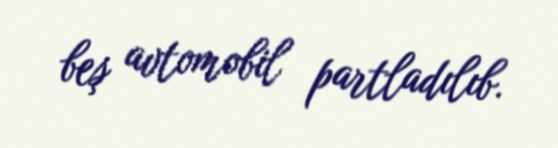
beş avtomobil partladılıb.